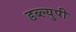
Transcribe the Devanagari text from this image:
डब्ल्युपी